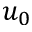
u _ { 0 }